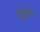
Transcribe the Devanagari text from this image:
ख़ुशियाॅ